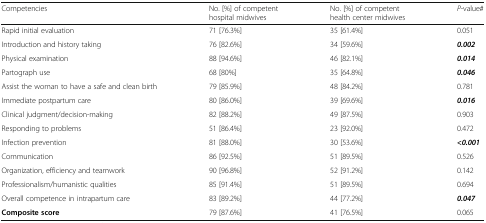
<table><thead><tr><td><b>Competencies</b></td><td><b>No. [%] of competent hospital midwives</b></td><td><b>No. [%] of competent health center midwives</b></td><td><b><i>P</i>-value#</b></td></tr></thead><tbody><tr><td>Rapid initial evaluation</td><td>71 [76.3%]</td><td>35 [61.4%]</td><td>0.051</td></tr><tr><td>Introduction and history taking</td><td>76 [82.6%]</td><td>34 [59.6%]</td><td><b><i>0.002</i></b></td></tr><tr><td>Physical examination</td><td>88 [94.6%]</td><td>46 [82.1%]</td><td><b><i>0.014</i></b></td></tr><tr><td>Partograph use</td><td>68 [80%]</td><td>35 [64.8%]</td><td><b><i>0.046</i></b></td></tr><tr><td>Assist the woman to have a safe and clean birth</td><td>79 [85.9%]</td><td>48 [84.2%]</td><td>0.781</td></tr><tr><td>Immediate postpartum care</td><td>80 [86.0%]</td><td>39 [69.6%]</td><td><b><i>0.016</i></b></td></tr><tr><td>Clinical judgment/decision-making</td><td>82 [88.2%]</td><td>49 [87.5%]</td><td>0.903</td></tr><tr><td>Responding to problems</td><td>51 [86.4%]</td><td>23 [92.0%]</td><td>0.472</td></tr><tr><td>Infection prevention</td><td>81 [88.0%]</td><td>30 [53.6%]</td><td><b><i>&lt;0.001</i></b></td></tr><tr><td>Communication</td><td>86 [92.5%]</td><td>51 [89.5%]</td><td>0.526</td></tr><tr><td>Organization, efficiency and teamwork</td><td>90 [96.8%]</td><td>52 [91.2%]</td><td>0.142</td></tr><tr><td>Professionalism/humanistic qualities</td><td>85 [91.4%]</td><td>51 [89.5%]</td><td>0.694</td></tr><tr><td>Overall competence in intrapartum care</td><td>83 [89.2%]</td><td>44 [77.2%]</td><td><b><i>0.047</i></b></td></tr><tr><td><b>Composite score</b></td><td>79 [87.6%]</td><td>41 [76.5%]</td><td>0.065</td></tr></tbody></table>